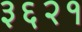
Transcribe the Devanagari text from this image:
३६२१